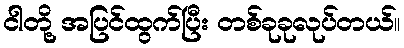
ငါတို့ အပြင်ထွက်ပြီး တစ်ခုခုလုပ်တယ်။